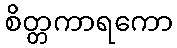
စိတ္တကာရကော